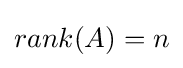
rank(A)=n